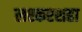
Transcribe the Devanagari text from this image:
लश्करशहा